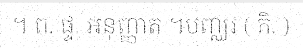
។ ព. ផ្ទ. អនុញ្ញាត ។បញ្ឈរ ( កិ. )